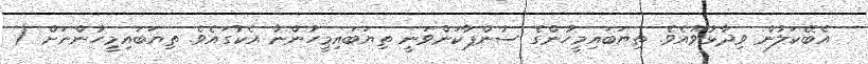
އެބޭކަލުން ވިދާޅުވޫއެެވެ. ތިޔަބައިމީހުންގެ ސުންޕާކަންވަނީ ތިޔަބައިމީހުންނާ އެކުގައެވެ. ތިޔަބައިމީހުންނަށް (